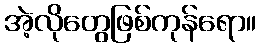
အဲ့လိုတွေဖြစ်ကုန်ရော။